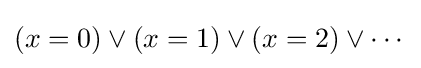
(x=0)\lor (x=1)\lor (x=2)\lor \cdots